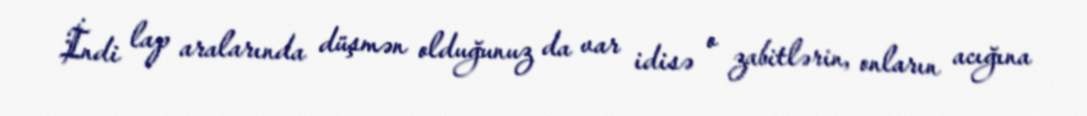
İndi lap aralarında düşmən olduğunuz da var idisə o zabitlərin, onların acığına